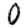
Digit: 0